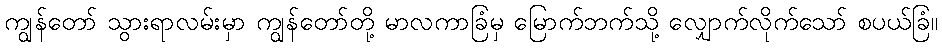
ကျွန်တော် သွားရာလမ်းမှာ ကျွန်တော်တို့ မာလကာခြံမှ မြောက်ဘက်သို့ လျှောက်လိုက်သော် စပယ်ခြံ။